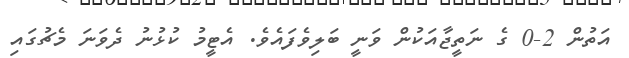
އަތުން 2-0 ގެ ނަތީޖާއަކުން ވަނީ ބަލިވެފައެވެ. އެޓީމު ކުޅުނު ދެވަނަ މެޗުގައި